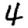
Digit: 4